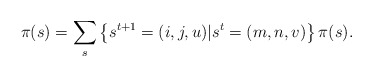
\begin{align*}\pi(s) = \sum_{s} \left\{s^{t+1} = (i, j, u) | s^{t} = (m, n, v) \right\} \pi(s).\end{align*}